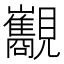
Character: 𧢧